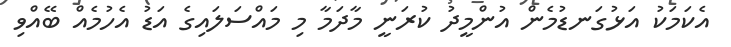
އެކަމަކު އަޅުގަނޑުމެން އުންމީދު ކުރަނީ މާދަމާ މި މައްސަލައިގެ އަޑު އެހުމެއް ބޭއްވި